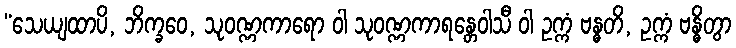
“သေယျထာပိ, ဘိက္ခဝေ, သုဝဏ္ဏကာရော ဝါ သုဝဏ္ဏကာရန္တေဝါသီ ဝါ ဥက္ကံ ဗန္ဓတိ, ဥက္ကံ ဗန္ဓိတွာ